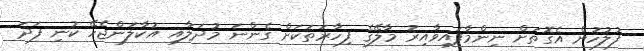
ފުލުހުން އެގޮތަށް ނިންމާފައިވާއިރު މާލޭގެ ފިހާރަތަކަށް ގެންނަ މުދަލާއި އުކާލަންޖެހޭ ކުނި ފަދަ